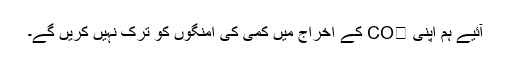
آئیے ہم اپنی CO₂ کے اخراج میں کمی کی امنگوں کو ترک نہیں کریں گے۔